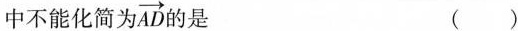
中不能化简为\overrightarrow{AD}的是（）